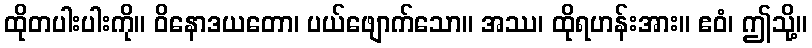
ထိုတပါးပါးကို။ ဝိနောဒယတော၊ ပယ်ဖျောက်သော။ အဿ၊ ထိုရဟန်းအား။ ဧဝံ၊ ဤသို့။